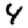
Digit: 4